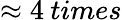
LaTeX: \approx 4\: times